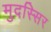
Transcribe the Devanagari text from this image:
मुदस्सिर